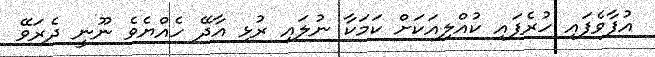
އުފާވެފައި ހުރެފައި ކުއްލިއަކަށް ކަމަކާ ނުލައި ރުޅި އާދޭ ހެއްޔެވެ ނޫނީ ދެރަވޭ